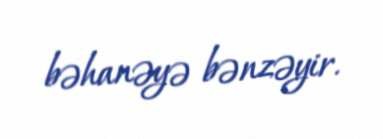
bəhanəyə bənzəyir.